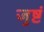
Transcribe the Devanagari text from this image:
जुष्टं